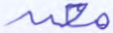
معه